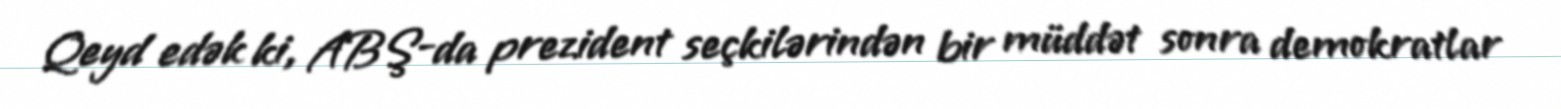
Qeyd edək ki, ABŞ-da prezident seçkilərindən bir müddət sonra demokratlar